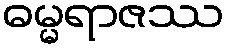
ဓမ္မရာဇဿ